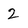
Character: 2